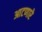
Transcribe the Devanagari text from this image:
आटणारे